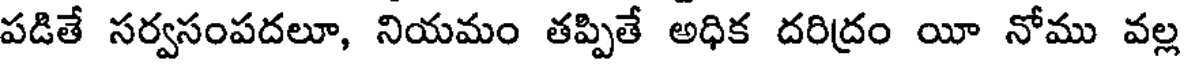
పడితే సర్వసంపదలూ, నియమం తప్పితే అధిక దరిద్రం యీ నోము వల్ల